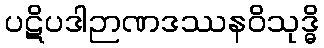
ပဋိပဒါဉာဏဒဿနဝိသုဒ္ဓိ